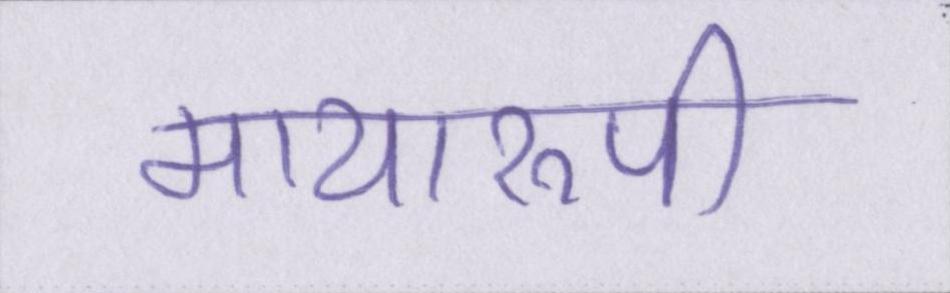
मायारुपी